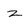
Character: z